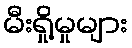
မီးရှို့မှုများ